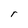
Character: r